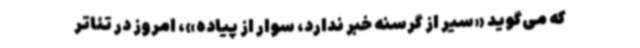
که می‌گوید «سیر از گرسنه خبر ندارد، سوار از پیاده»، امروز در تئاتر